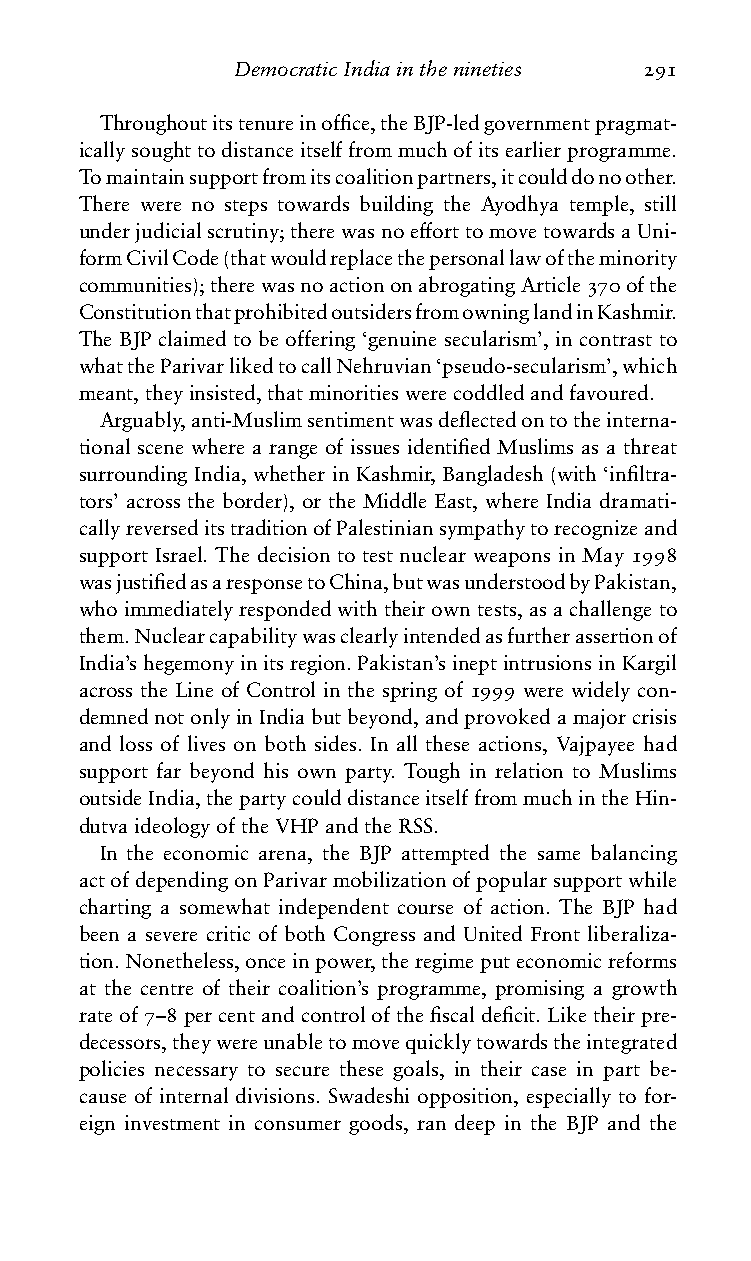
DemocraticIndiainthenineties 291
 Throughoutitstenureinoffice,theBJP-ledgovernmentpragmat-
 icallysoughttodistanceitselffrommuchofitsearlierprogramme.
 Tomaintainsupportfromitscoalitionpartners,itcoulddonoother.
 There were no steps towards building the Ayodhya temple, still
 underjudicialscrutiny;therewasnoefforttomovetowardsaUni-
 formCivilCode(thatwouldreplacethepersonallawoftheminority
 communities);therewasnoactiononabrogatingArticle370ofthe
 ConstitutionthatprohibitedoutsidersfromowninglandinKashmir.
 The BJP claimed to be offering ‘genuine secularism’, in contrast to
 whattheParivarlikedtocallNehruvian‘pseudo-secularism’,which
 meant,theyinsisted,thatminoritieswerecoddledandfavoured.
 Arguably,anti-Muslimsentimentwasdeflectedontotheinterna-
 tional scene where a range of issues identified Muslims as a threat
 surrounding India, whether in Kashmir, Bangladesh (with ‘infiltra-
 tors’ across the border), or the Middle East, where India dramati-
 callyreverseditstraditionofPalestiniansympathytorecognizeand
 support Israel. The decision to test nuclear weapons in May 1998
 wasjustifiedasaresponsetoChina,butwasunderstoodbyPakistan,
 whoimmediatelyrespondedwiththeirowntests,asachallengeto
 them.Nuclearcapabilitywasclearlyintendedasfurtherassertionof
 India’shegemonyinitsregion.Pakistan’sineptintrusionsinKargil
 across the Line of Control in the spring of 1999 were widely con-
 demnednotonlyinIndiabutbeyond,andprovokedamajorcrisis
 and loss of lives on both sides. In all these actions, Vajpayee had
 support far beyond his own party. Tough in relation to Muslims
 outsideIndia,thepartycoulddistanceitselffrommuchintheHin-
 dutvaideologyoftheVHPandtheRSS.
 In the economic arena, the BJP attempted the same balancing
 actofdependingonParivarmobilizationofpopularsupportwhile
 charting a somewhat independent course of action. The BJP had
 been a severe critic of both Congress and United Front liberaliza-
 tion.Nonetheless,onceinpower,theregimeputeconomicreforms
 at the centre of their coalition’s programme, promising a growth
 rateof7–8percentandcontrolofthefiscaldeficit.Liketheirpre-
 decessors,theywereunabletomovequicklytowardstheintegrated
 policies necessary to secure these goals, in their case in part be-
 cause of internal divisions. Swadeshi opposition, especially to for-
 eign investment in consumer goods, ran deep in the BJP and the